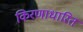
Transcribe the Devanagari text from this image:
किरणाधारित